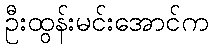
ဦးထွန်းမင်းအောင်က